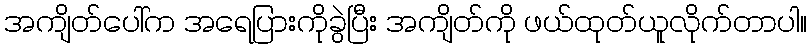
အကျိတ်ပေါ်က အရေပြားကိုခွဲပြီး အကျိတ်ကို ဖယ်ထုတ်ယူလိုက်တာပါ။